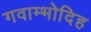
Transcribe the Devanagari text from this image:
गवाम्भोदिह